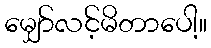
မျှော်လင့်မိတာပေါ့။